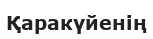
Қаракүйенің